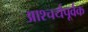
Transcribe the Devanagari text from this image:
आश्चर्यपूर्वक